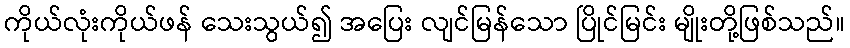
ကိုယ်လုံးကိုယ်ဖန် သေးသွယ်၍ အပြေး လျင်မြန်သော ပြိုင်မြင်း မျိုးတို့ဖြစ်သည်။